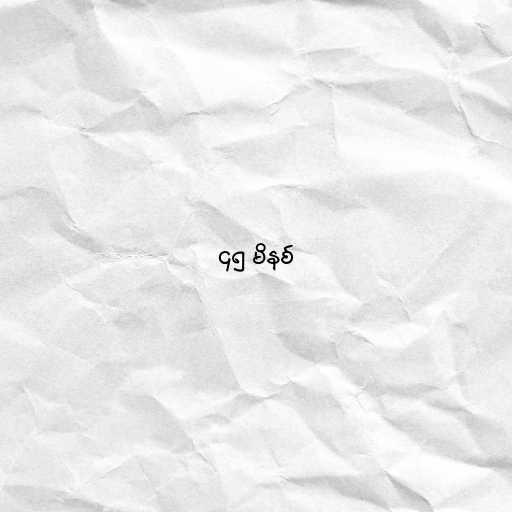
၄၅ မိနစ်